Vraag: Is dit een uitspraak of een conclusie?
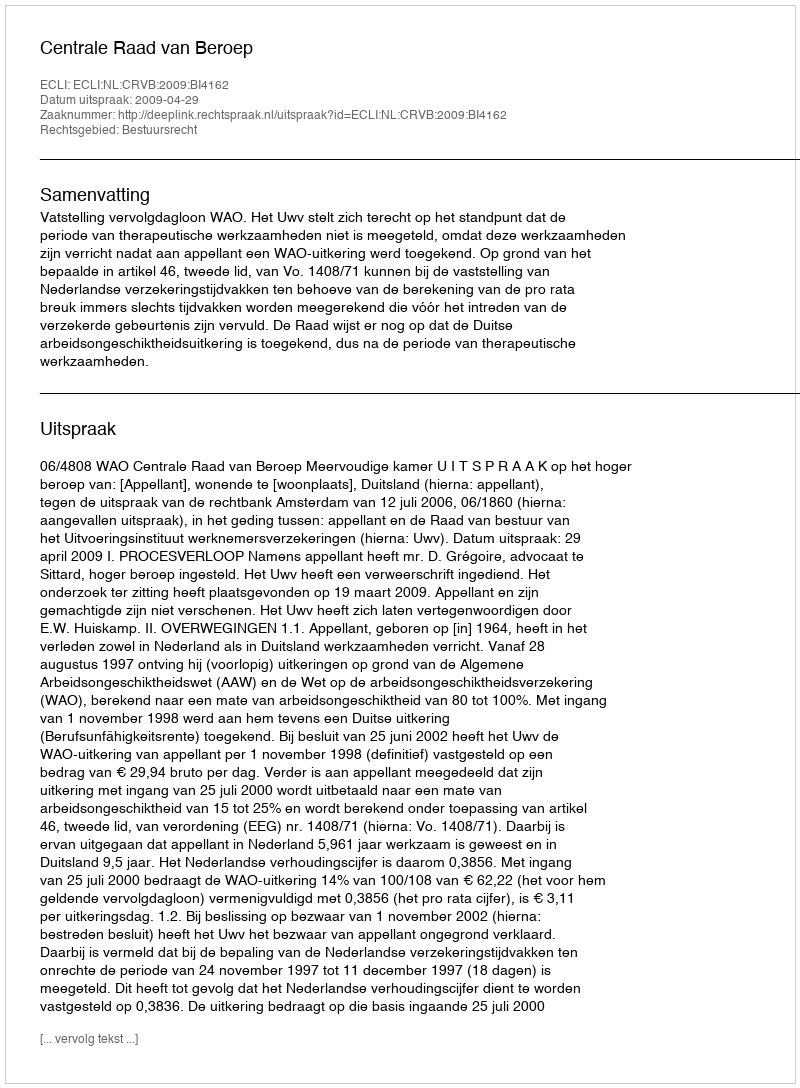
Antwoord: Uitspraak